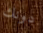
دونك